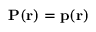
\mathbf { P } ( \mathbf { r } ) = \mathbf { p } ( \mathbf { r } )